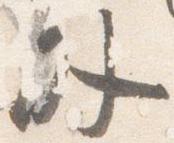
外